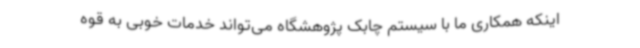
اینکه همکاری ما با سیستم چابک پژوهشگاه می‌تواند خدمات خوبی به قوه